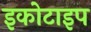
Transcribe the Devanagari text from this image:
इकोटाइप